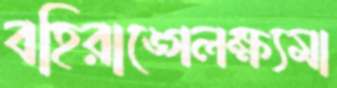
বহিরাঙ্গেলক্ষ্যমা